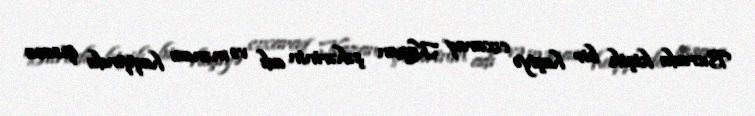
Burada kiçik bir haşiyə cıxaraq Kazan şəhərinin adı və mənası haqqında qısaca